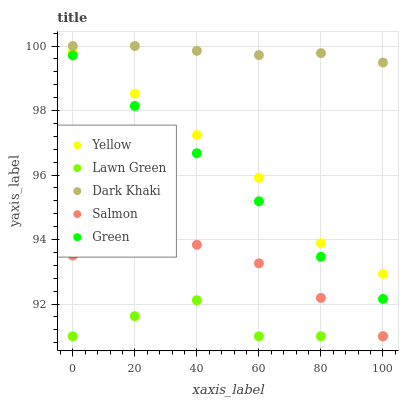
| xaxis_label | Yellow | Lawn Green | Dark Khaki | Salmon | Green |
 | --- | --- | --- | --- | --- | --- |
 | 0 | 99.8 | 91 | 100 | 93.5 | 99.7 |
 | 20 | 98.5 | 91.6 | 100 | 93.9 | 98.1 |
 | 40 | 97.2 | 92.1 | 99.9 | 93.8 | 96.7 |
 | 60 | 95.9 | 91 | 99.7 | 93.3 | 95.2 |
 | 80 | 93.9 | 91 | 99.8 | 92.2 | 93.5 |
 | 100 | 92.9 | 91 | 99.5 | 91 | 92.2 |